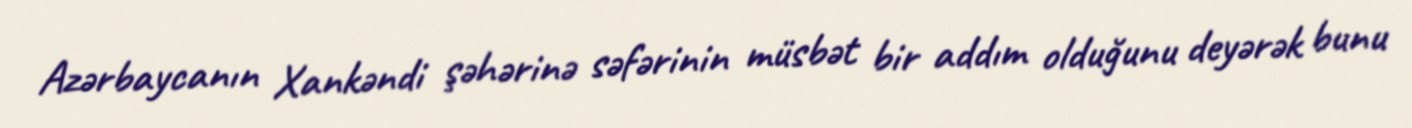
Azərbaycanın Xankəndi şəhərinə səfərinin müsbət bir addım olduğunu deyərək bunu